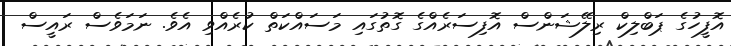
އޮފީހުގެ ޕަބްލިކް ރިލޭޝަންސް އޮފިސަރެއްގެ ގޮތުގައި މަސައްކަތް ކުރެއްވި އެވެ. ނަމަވެސް ރައީސް